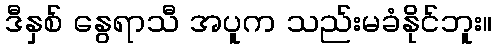
ဒီနှစ် နွေရာသီ အပူက သည်းမခံနိုင်ဘူး။